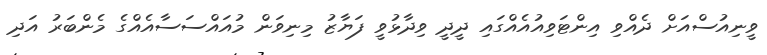
ވީނިއުސްއަށް ދެއްވި އިންޓަވިއުއެއްގައި ދީދީ ވިދާޅުވީ ފަޔާޒު މިނިވަން މުއައްސަސާއެއްގެ މެންބަރު އަދި